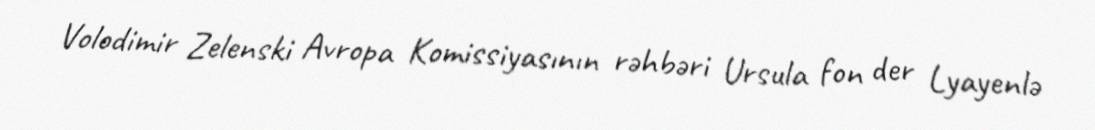
Volodimir Zelenski Avropa Komissiyasının rəhbəri Ursula fon der Lyayenlə